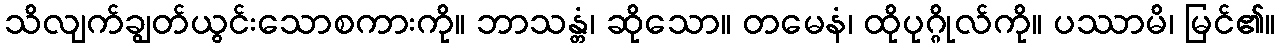
သိလျက်ချွတ်ယွင်းသောစကားကို။ ဘာသန္တံ၊ ဆိုသော။ တမေနံ၊ ထိုပုဂ္ဂိုလ်ကို။ ပဿာမိ၊ မြင်၏။